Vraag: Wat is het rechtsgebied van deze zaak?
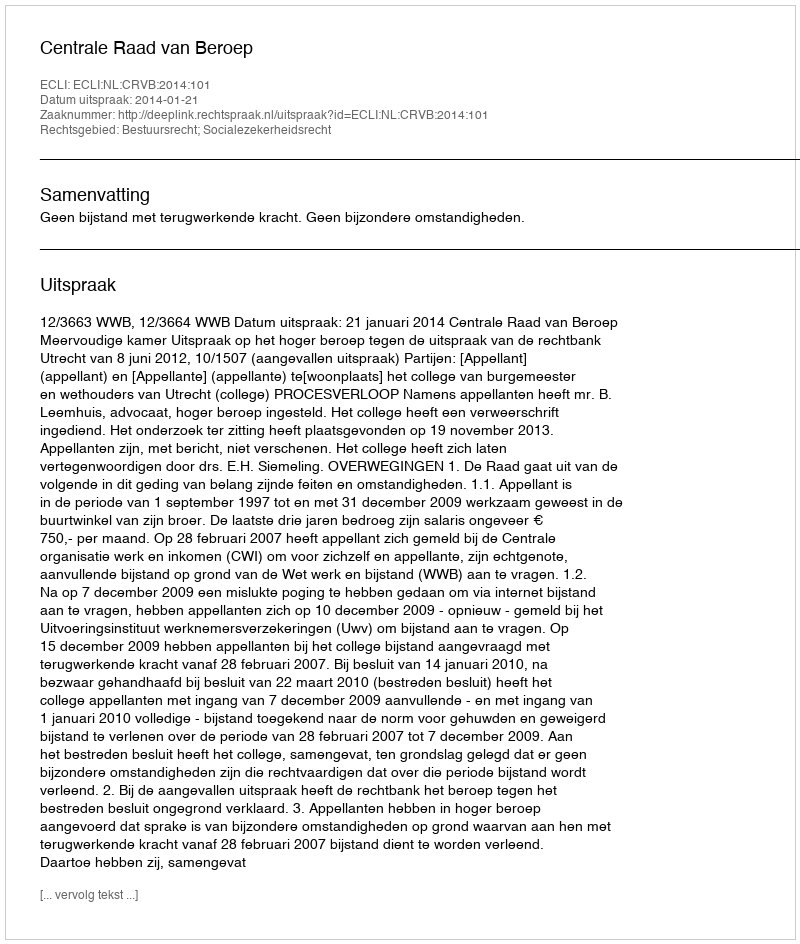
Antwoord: Bestuursrecht; Socialezekerheidsrecht